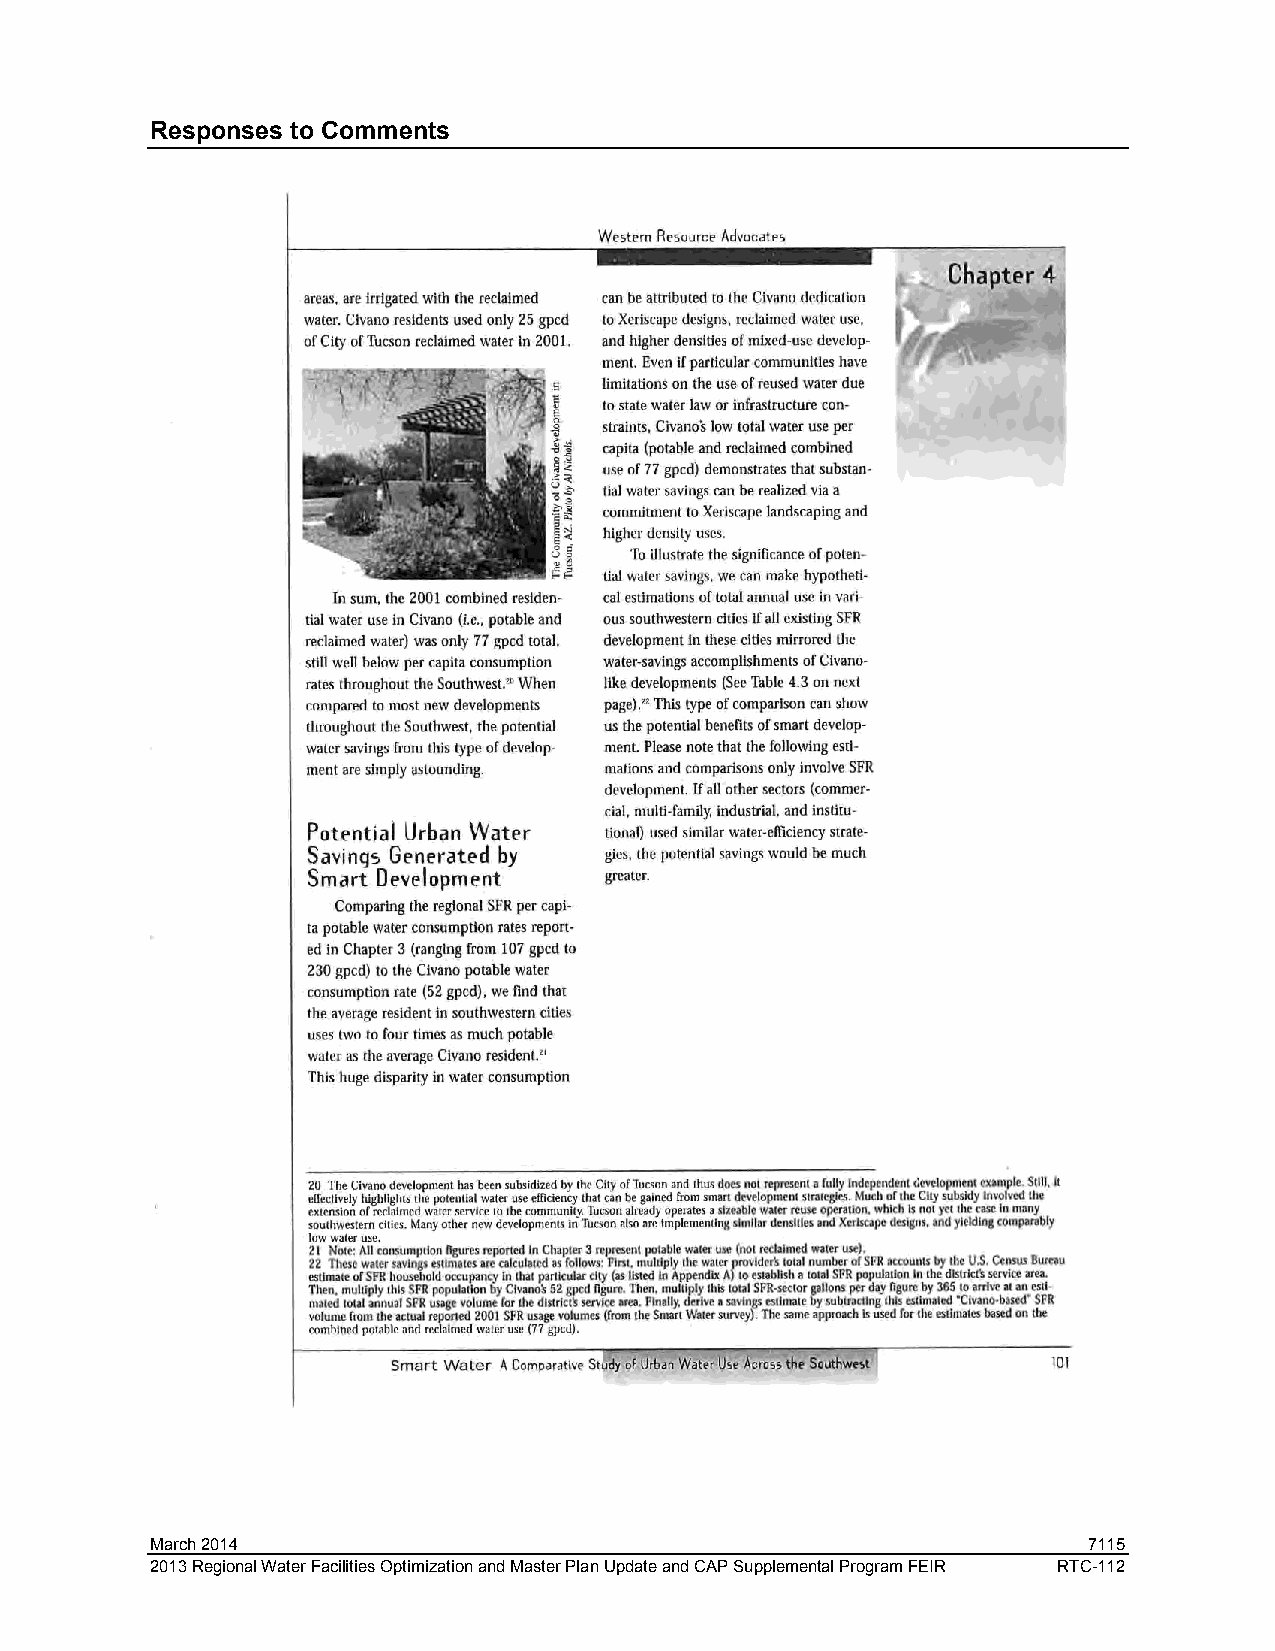
Responses to Comments
 March 2014                                                    7115
 2013 Regional Water Facilities Optimization and Master Plan Update and CAP Supplemental Program FEIR RTC-112